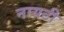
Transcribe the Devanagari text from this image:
नायटी